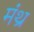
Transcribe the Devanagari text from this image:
मंथ्र